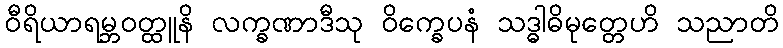
ဝီရိယာရမ္ဘဝတ္ထူနိ လက္ခဏာဒီသု ဝိက္ခေပနံ သဒ္ဓါဓိမုတ္တေဟိ သညာတိ